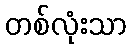
တစ်လုံးသာ